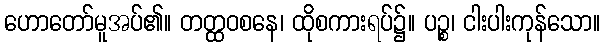
ဟောတော်မူအပ်၏။ တတ္ထဝစနေ၊ ထိုစကားရပ်၌။ ပဉ္စ၊ ငါးပါးကုန်သော။